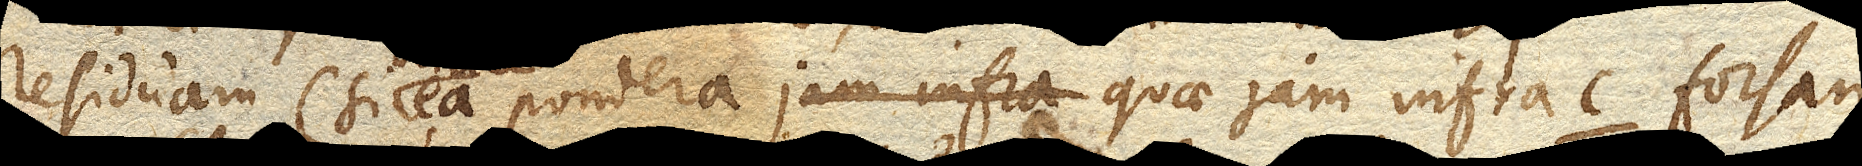
residuam (si ea pondera quae jam infra c. forsan